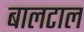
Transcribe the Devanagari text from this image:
बालटाल